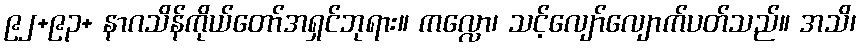
၉၂+၉၃+ နာဂသိန်ကိုယ်တော်အရှင်ဘုရား။ ကလ္လော၊ သင့်လျော်လျောက်ပတ်သည်။ အသိ၊